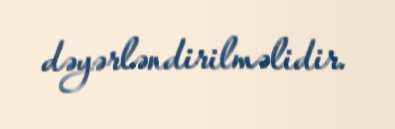
dəyərləndirilməlidir.